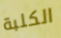
الكلبة